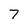
Character: 7